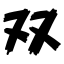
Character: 双